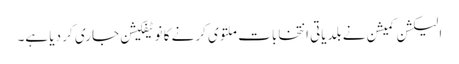
الیکشن کمیشن نے بلدیاتی انتخابات ملتوی کرنے کا نوٹیفکیشن جاری کر دیا ہے۔